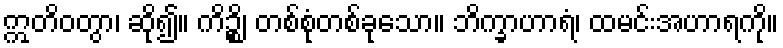
ဣတိဝတွာ၊ ဆို၍။ ကိဉ္စိ၊ တစ်စုံတစ်ခုသော။ ဘိက္ခာဟာရံ၊ ထမင်းအဟာရကို။